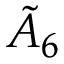
{ \tilde { A } } _ { 6 }